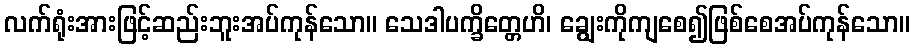
လက်ရုံးအားဖြင့်ဆည်းဘူးအပ်ကုန်သော။ သေဒါပက္ခိတ္တေဟိ၊ ချွေးကိုကျစေ၍ဖြစ်စေအပ်ကုန်သော။